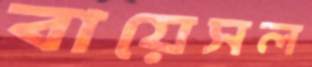
বায়েসল